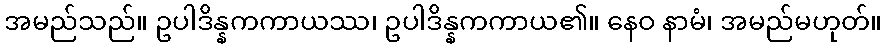
အမည်သည်။ ဥပါဒိန္နကကာယဿ၊ ဥပါဒိန္နကကာယ၏။ နေဝ နာမံ၊ အမည်မဟုတ်။